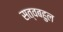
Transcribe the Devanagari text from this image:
सत्वबहुल